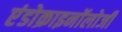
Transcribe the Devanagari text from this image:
एंडोक्राइनॉलोजी